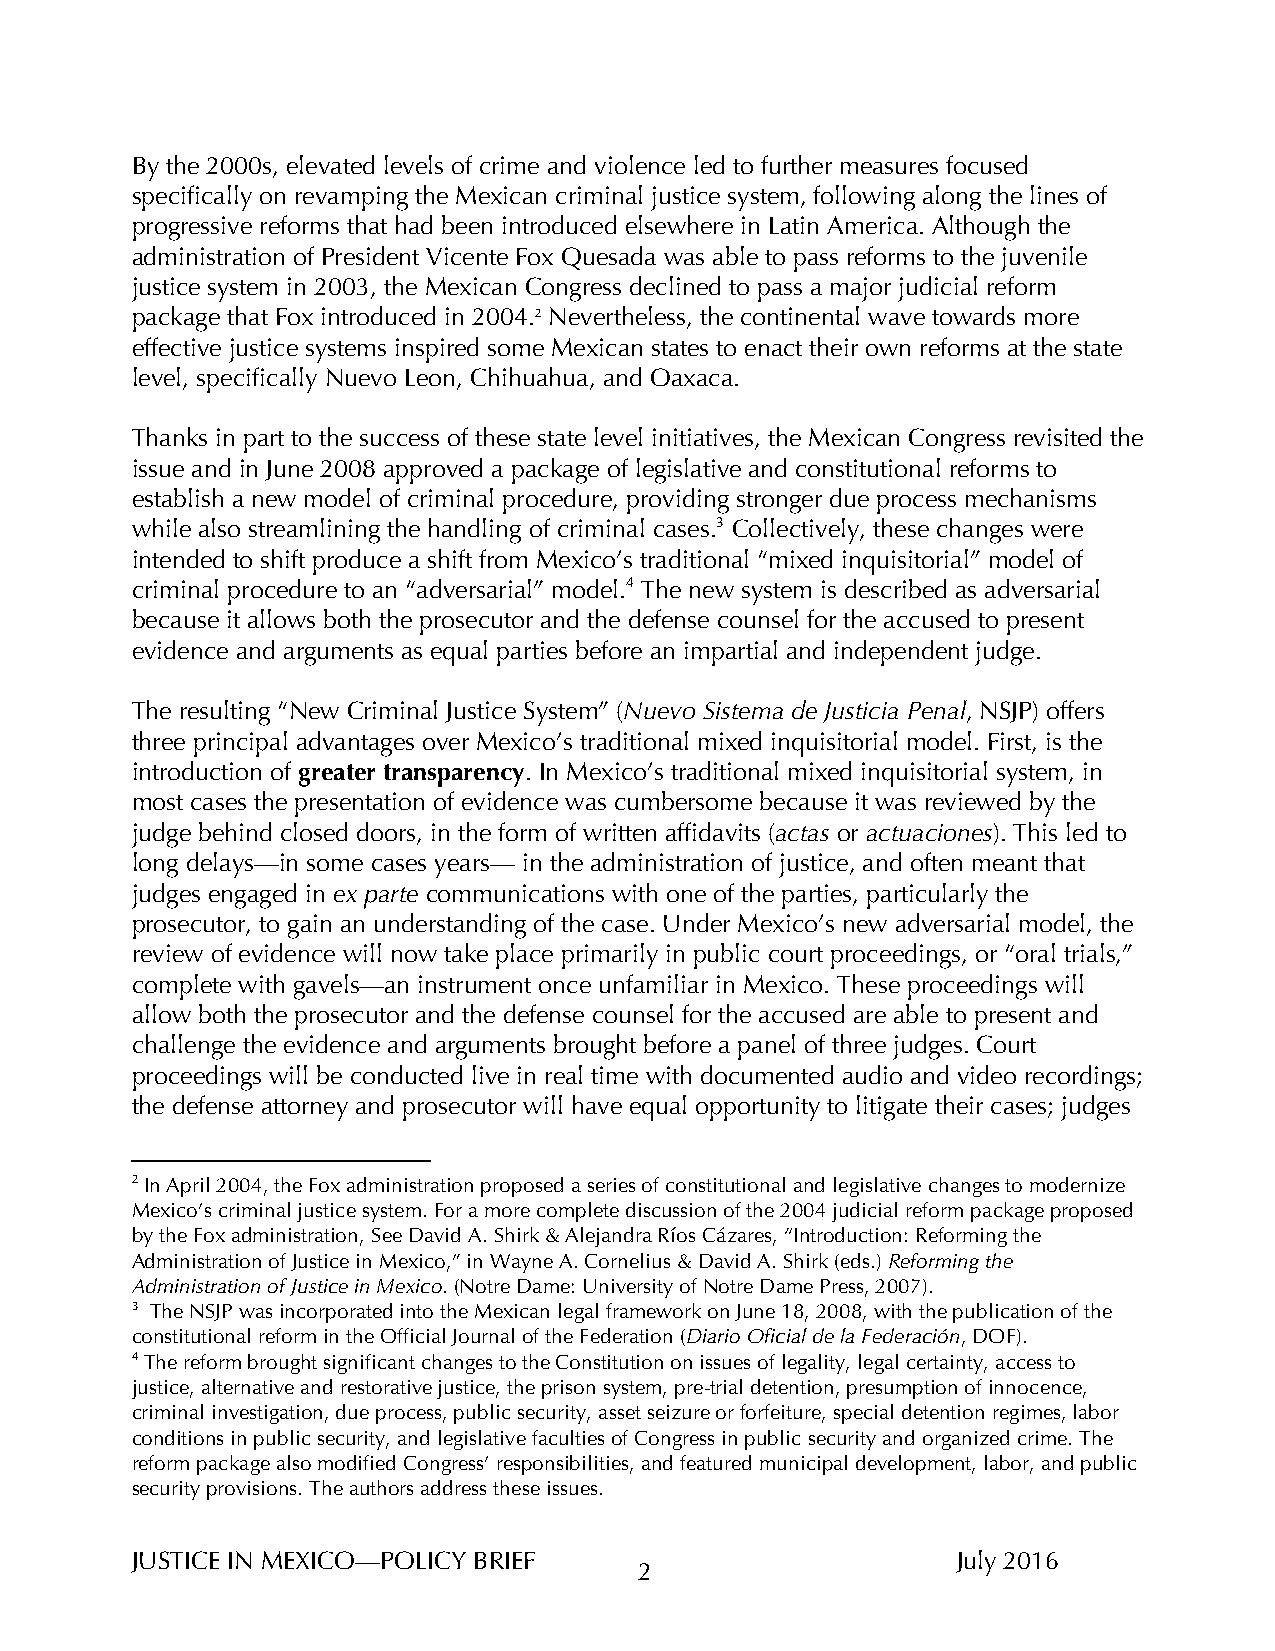
By the 2000s, elevated levels of crime and violence led to further measures focused
 specifically on revamping the Mexican criminal justice system, following along the lines of
 progressive reforms that had been introduced elsewhere in Latin America. Although the
 administration of President Vicente Fox Quesada was able to pass reforms to the juvenile
 justice system in 2003, the Mexican Congress declined to pass a major judicial reform
 package that Fox introduced in 2004.2 Nevertheless, the continental wave towards more
 effective justice systems inspired some Mexican states to enact their own reforms at the state
 level, specifically Nuevo Leon, Chihuahua, and Oaxaca.
 Thanks in part to the success of these state level initiatives, the Mexican Congress revisited the
 issue and in June 2008 approved a package of legislative and constitutional reforms to
 establish a new model of criminal procedure, providing stronger due process mechanisms
 while also streamlining the handling of criminal cases.3 Collectively, these changes were
 intended to shift produce a shift from Mexico’s traditional “mixed inquisitorial” model of
 criminal procedure to an “adversarial” model.4 The new system is described as adversarial
 because it allows both the prosecutor and the defense counsel for the accused to present
 evidence and arguments as equal parties before an impartial and independent judge.
 The resulting “New Criminal Justice System” (Nuevo Sistema de Justicia Penal, NSJP) offers
 three principal advantages over Mexico’s traditional mixed inquisitorial model. First, is the
 introduction of greater transparency. In Mexico’s traditional mixed inquisitorial system, in
 most cases the presentation of evidence was cumbersome because it was reviewed by the
 judge behind closed doors, in the form of written affidavits (actas or actuaciones). This led to
 long delays—in some cases years— in the administration of justice, and often meant that
 judges engaged in ex parte communications with one of the parties, particularly the
 prosecutor, to gain an understanding of the case. Under Mexico’s new adversarial model, the
 review of evidence will now take place primarily in public court proceedings, or “oral trials,”
 complete with gavels—an instrument once unfamiliar in Mexico. These proceedings will
 allow both the prosecutor and the defense counsel for the accused are able to present and
 challenge the evidence and arguments brought before a panel of three judges. Court
 proceedings will be conducted live in real time with documented audio and video recordings;
 the defense attorney and prosecutor will have equal opportunity to litigate their cases; judges
 2 In April 2004, the Fox administration proposed a series of constitutional and legislative changes to modernize
 Mexico’s criminal justice system. For a more complete discussion of the 2004 judicial reform package proposed
 by the Fox administration, See David A. Shirk & Alejandra Ríos Cázares, “Introduction: Reforming the
 Administration of Justice in Mexico,” in Wayne A. Cornelius & David A. Shirk (eds.) Reforming the
 Administration of Justice in Mexico. (Notre Dame: University of Notre Dame Press, 2007).
 3 The NSJP was incorporated into the Mexican legal framework on June 18, 2008, with the publication of the
 constitutional reform in the Official Journal of the Federation (Diario Oficial de la Federación, DOF).
 4 The reform brought significant changes to the Constitution on issues of legality, legal certainty, access to
 justice, alternative and restorative justice, the prison system, pre-trial detention, presumption of innocence,
 criminal investigation, due process, public security, asset seizure or forfeiture, special detention regimes, labor
 conditions in public security, and legislative faculties of Congress in public security and organized crime. The
 reform package also modified Congress’ responsibilities, and featured municipal development, labor, and public
 security provisions. The authors address these issues.
 JUSTICE IN MEXICO—POLICY BRIEF                        July 2016
 2